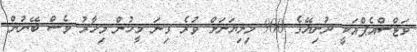
ވަޓްސްއެޕްއަކީ ދުނިޔޭގެ 900 މިލިޔަނަށް ވުރެ ގިނަ މީހުން މިހާރު ވެސް ބޭނުން